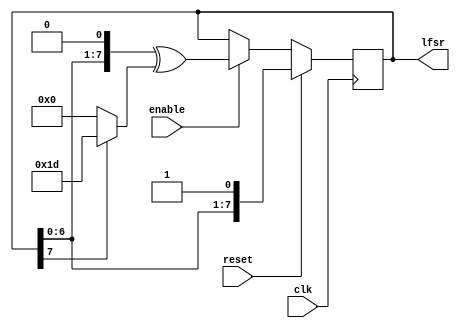
module LFSR(clk, reset, enable, lfsr);
  
  parameter TAPS   = 8'b11101;	// bitmask for taps
  parameter INVERT = 0;		// invert feedback bit?
  localparam NBITS  = $size(TAPS); // bit width (derived from TAPS)
  
  input clk, reset;
  input enable;			// only perform shift when enable=1
  output reg [NBITS-1:0] lfsr;  // shift register

  wire feedback = lfsr[NBITS-1] ^ INVERT;

  always @(posedge clk)
  begin
    if (reset)
      lfsr <= {lfsr[NBITS-2:0], 1'b1}; // reset loads with all 1s
    else if (enable)
      lfsr <= {lfsr[NBITS-2:0], 1'b0} ^ (feedback ? TAPS : 0);
  end

endmodule